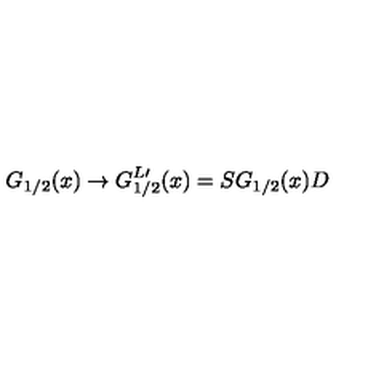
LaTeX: G _ { 1 / 2 } ( x ) \rightarrow G _ { 1 / 2 } ^ { L \prime } ( x ) = S G _ { 1 / 2 } ( x ) D